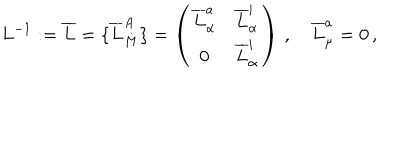
L ^ { - 1 } : = \overline { { { L } } } = \{ \overline { { { L } } } _ { M } ^ { A } \} = \left( \begin{array} { c c } { { \overline { { { L } } } _ { \alpha } ^ { a } } } & { { \overline { { { L } } } _ { \alpha } ^ { i } } } \\ { { 0 } } & { { \overline { { { L } } } _ { \alpha } ^ { i } } } \\ \end{array} \right) \, , \quad \overline { { { L } } } _ { \mu } ^ { a } = 0 \, ,